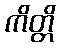
ကိတ္တိ